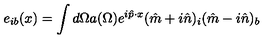
e _ { i b } ( x ) = \int d \Omega a ( \Omega ) e ^ { i { \hat { p } } \cdot x } ( { \hat { m } } + i { \hat { n } } ) _ { i } ( { \hat { m } } - i { \hat { n } } ) _ { b }